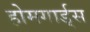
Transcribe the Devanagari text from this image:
होमगार्ड्‌स